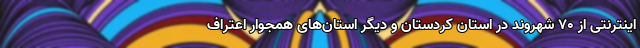
اینترنتی از 70 شهروند در استان کردستان و دیگر استان‌های همجوار اعتراف